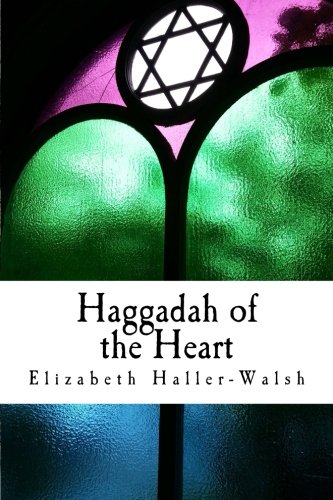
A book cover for Haggadah of the Heart; Elizabeth Haller-Walsh; Religion & Spirituality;